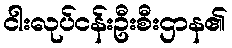
ငါးလုပ်ငန်းဦးစီးဌာန၏